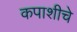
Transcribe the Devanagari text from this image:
कपाशीचे